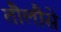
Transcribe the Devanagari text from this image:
तौलौसे